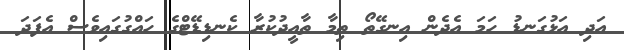
އަދި އަޅުގަނޑު ހަމަ އެދެން އިނގޭތޯ ތިމާ ތާއީދުކުރާ ކެނޑިޑޭޓްގެ ހައްގުގައިވެސް އެފަދަ